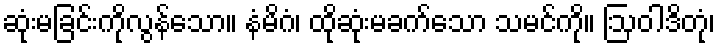
ဆုံးမခြင်းကိုလွန်သော။ နံမိဂံ၊ ထိုဆုံးမခက်သော သမင်ကို။ ဩဝါဒိတုံ၊